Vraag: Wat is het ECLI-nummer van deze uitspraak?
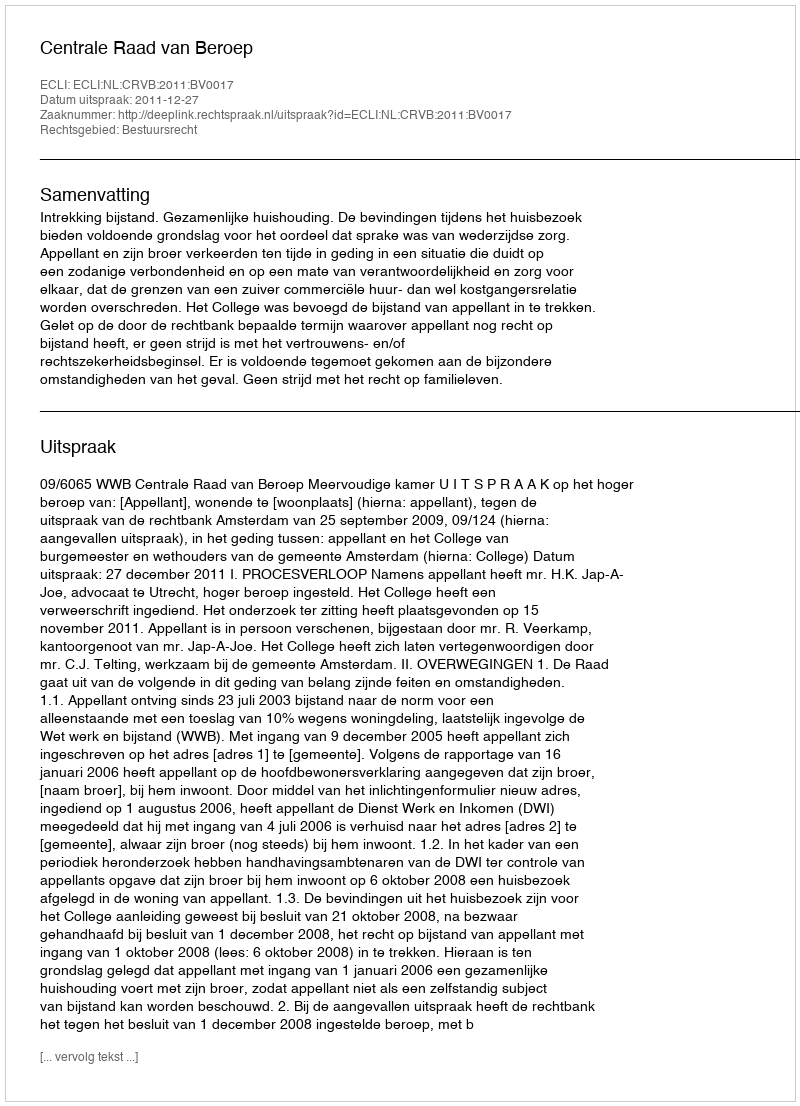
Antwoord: ECLI:NL:CRVB:2011:BV0017